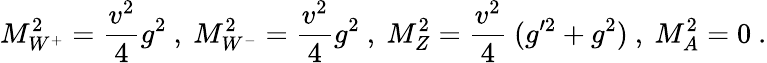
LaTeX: M_{W^{+}}^{2}={\frac{v^{2}}{4}}g^{2}~,~M_{W^{-}}^{2}={\frac{v^{2}}{4}}g^{2}~,~M_{Z}^{2}={\frac{v^{2}}{4}}~(g^{\prime 2}+g^{2})~,~M_{A}^{2}=0\ .